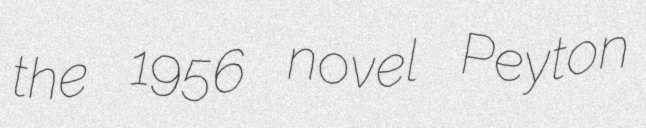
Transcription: the 1956 novel Peyton